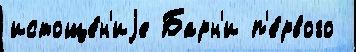
истоще́н'иjе Барн'и п'е́рвого